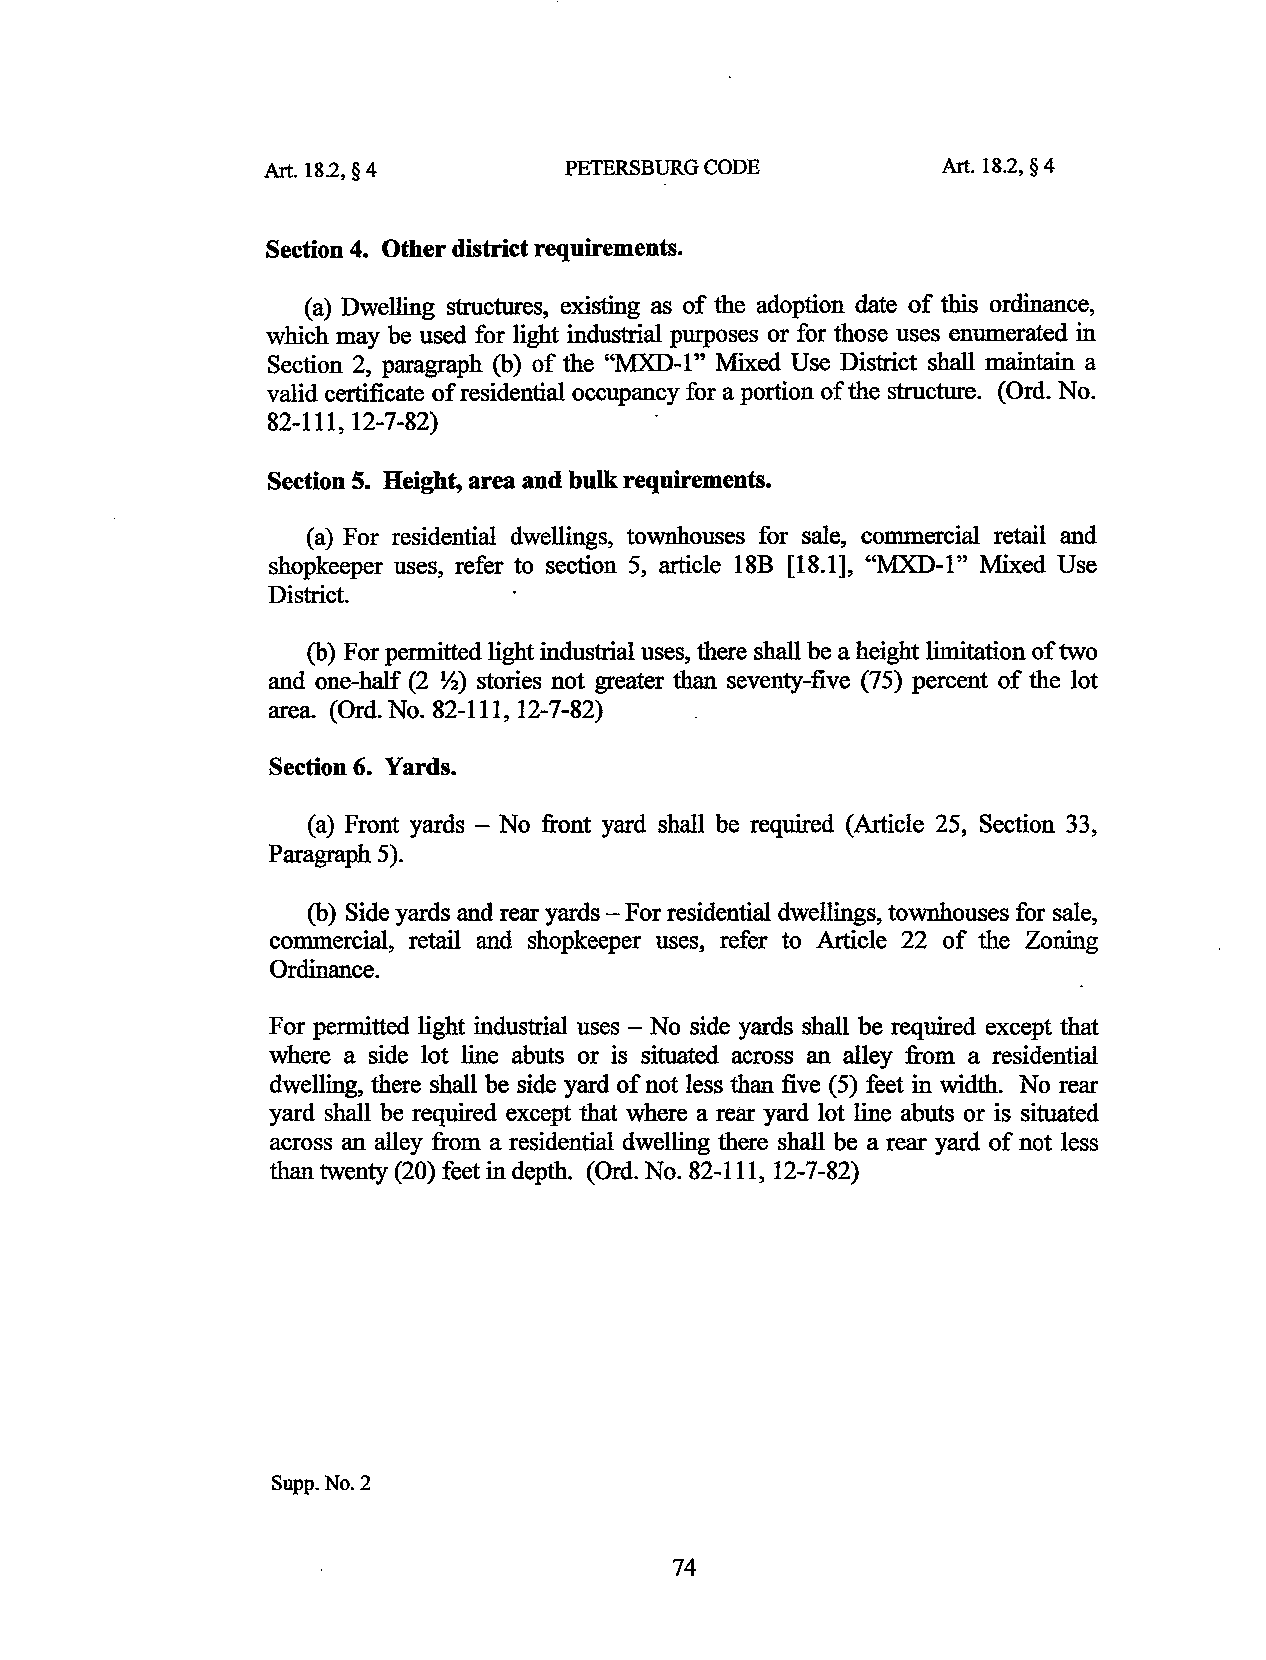
Art.l82, §4         PETERSBURG CODE          Art. 18.2, § 4
 Section 4. Other district requirements.
 (a) Dwelling structures, existing as of the adoption date of this ordinance,
 which may be used for light industrial purposes or for those uses enumerated in
 Section 2, paragraph (b) of the "MXD-1" Mixed Use District shall maintain a
 valid certificate of residential occupancy for a portion of the structure. (Ord. No.
 82-111, 12-7-82)
 Section 5. Height, area and bulk requirements.
 (a) For residential dwellings, townhouses for sale, commercial retail and
 shopkeeper uses, refer to section 5, article 18B [18.1], "MXD-1" Mixed Use
 District.
 (b) For permitted light industrial uses, there shall be a height limitation of two
 and one-half (2 ~) stories not greater than seventy-five (75) percent of the lot
 area. (Ord. No. 82-111, 12-7-82)
 Section 6. Yards.
 (a) Front yards - No front yard shall be required (Article 25, Section 33,
 Paragraph 5).
 (b) Side yards and rear yards-For residential dwellings, townhouses for sale,
 commercial, retail and shopkeeper uses, refer to Article 22 of the Zoning
 Ordinance.
 For permitted light industrial uses- No side yards shall be required except that
 where a side lot line abuts or is situated across an alley from a residential
 dwelling, there shall be side yard of not less than five (5) feet in width. No rear
 yard shall be required except that where a rear yard lot line abuts or is situated
 across an alley from a residential dwelling there shall be a rear yard of not less
 than twenty (20) feet in depth. (Ord. No. 82-111, 12-7-82)
 Supp.No.2
 74